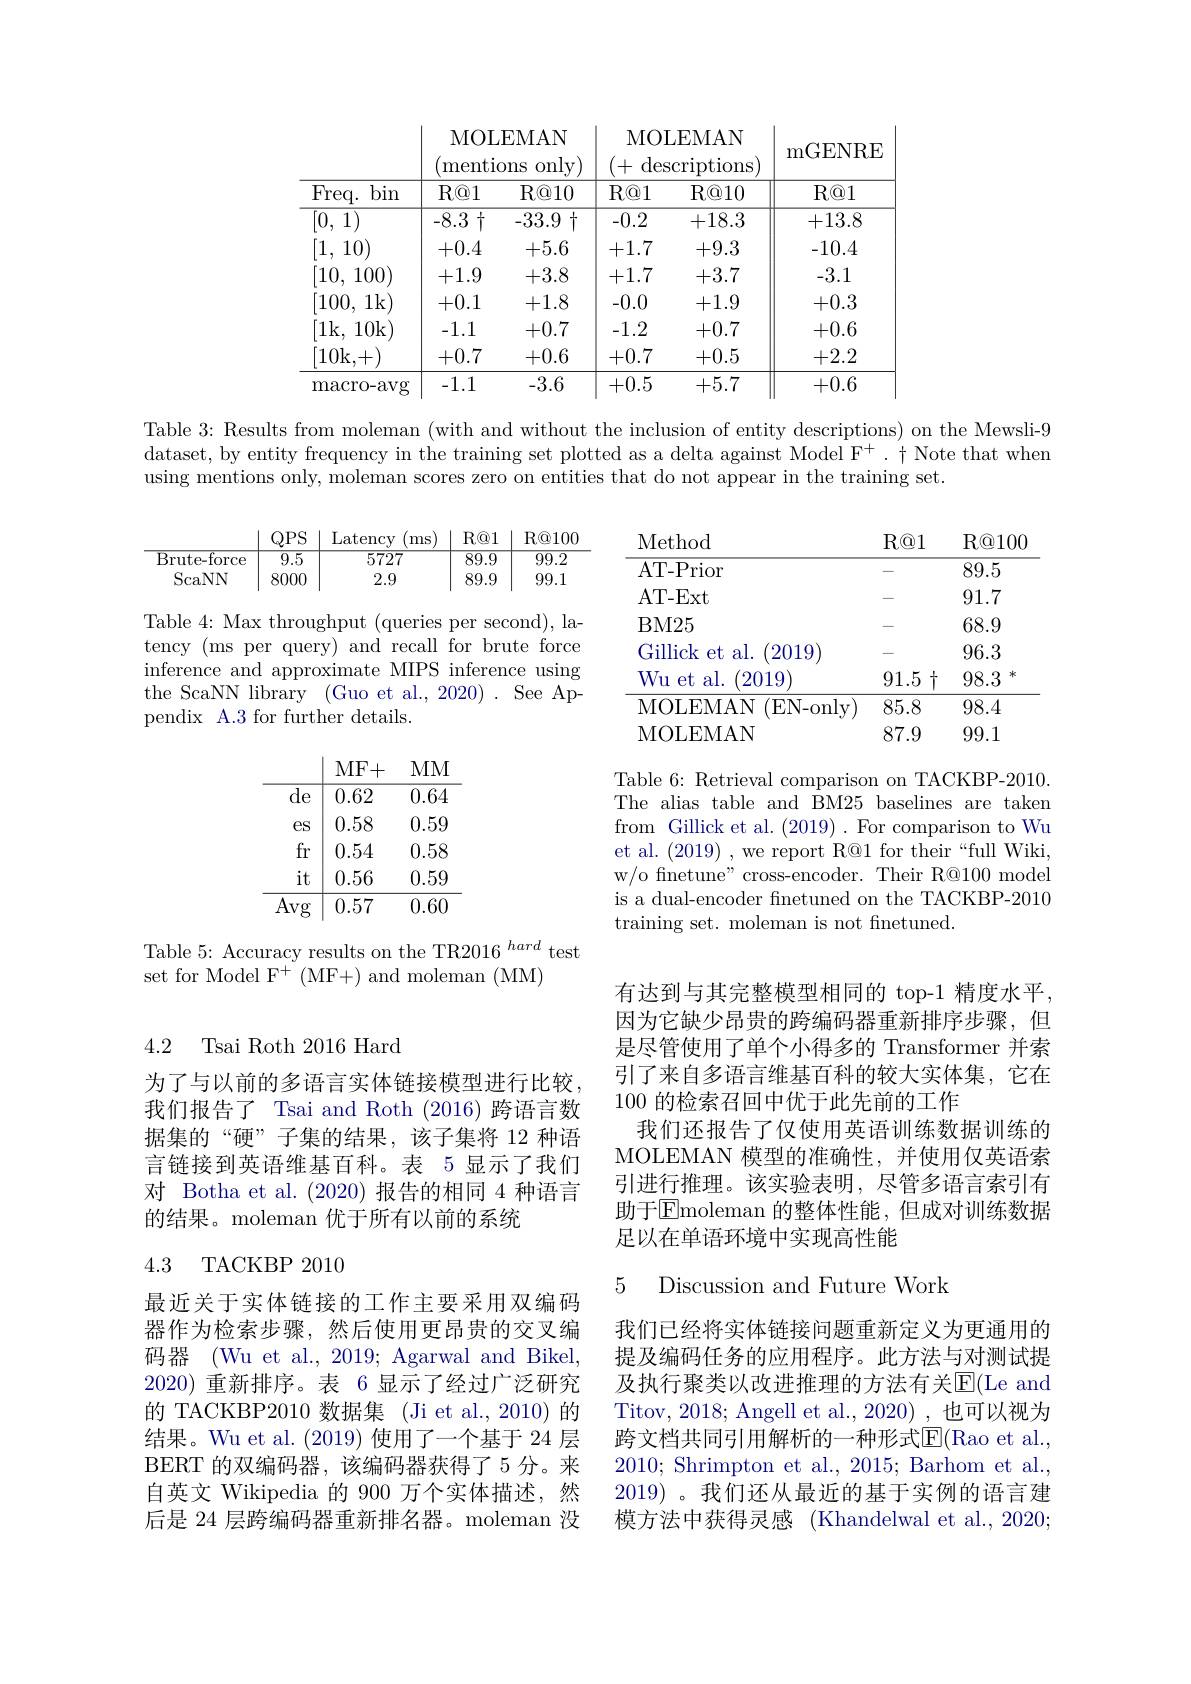
<table>
	<tbody>
		<tr>
			<th rowspan="2">Freq. bin</th>
			<th colspan="2">MOLEMAN mentions only</th>
			<th>MOI + des</th>
			<th>EMAN $\operatorname{scriptions}$</th>
			<th rowspan="2">GENRE R@ 1</th>
		</tr>
		<tr>
			<th>$R@1$</th>
			<th>R@ 10</th>
			<th>$R@1$</th>
			<th>R@ 10</th>
		</tr>
		<tr>
			<td>[0, ] 1)</td>
			<td>-8.3 $\frac{1}{1}$ 1</td>
			<td>-33.9 1 1</td>
			<td>-0.2</td>
			<td>+18.3</td>
			<td>+13.8</td>
		</tr>
		<tr>
			<td>$\operatorname*{macro-avg}$</td>
			<td>-1.1</td>
			<td>-3.6</td>
			<td>+0.5</td>
			<td>+5.7</td>
			<td>+0.6</td>
		</tr>
	</tbody>
</table>

Table 3: Results from moleman (with and without the inclusion of entity descriptions) on the Mewsli-9 dataset, by entity frequency in the training set plotted as a delta against Model F$^+.\dagger$ Note that when using mentions only, moleman scores zero on entities that do not appear in the training set.

<table>
	<tbody>
		<tr>
			<th> </th>
			<th>$QPS$</th>
			<th>Latency ms</th>
			<th>$R@1$</th>
			<th>R@ 100</th>
		</tr>
		<tr>
			<td>$\overline{{\mathrm{Brute-force}}}$</td>
			<td>$\overline{9.5}$</td>
			<td>$\overline{5727}$</td>
			<td>$\overline{89.9}$</td>
			<td>$\overline{99.2}$</td>
		</tr>
		<tr>
			<td>ScaNN</td>
			<td>8000</td>
			<td>2.9</td>
			<td>89.9</td>
			<td>99.1</td>
		</tr>
	</tbody>
</table>

<table>
	<tbody>
		<tr>
			<th>Method</th>
			<th>R@ 1</th>
			<th>R@ 100</th>
		</tr>
		<tr>
			<td>AT- Prior</td>
			<td> </td>
			<td>89.5</td>
		</tr>
		<tr>
			<td>AT- Ext</td>
			<td> </td>
			<td>91.7</td>
		</tr>
		<tr>
			<td>BM25</td>
			<td> </td>
			<td>68.9</td>
		</tr>
		<tr>
			<td>Gillick et al. 2019</td>
			<td> </td>
			<td>96.3</td>
		</tr>
		<tr>
			<td>Wu et al. 2019</td>
			<td>$91.5\uparrow$</td>
			<td>98.3 米</td>
		</tr>
		<tr>
			<td>MOLEMAN (EN- on</td>
			<td>nly 85.8</td>
			<td>98.4</td>
		</tr>
		<tr>
			<td>MOLEMAN</td>
			<td>87.9</td>
			<td>99.1</td>
		</tr>
	</tbody>
</table>

Table 4: Max throughput (queries per second), latency (ms per query) and recall for brute force inference and approximate MIPS inference using the ScaNN library (Guo et al., 2020) . See Appendix A.3 for further details.

Table 6: Retrieval comparison on TACKBP-2010. The alias table and BM25 baselines are taken from Gillick et al. (2019). For comparison to Wu et al. (2019) , we report R@1 for their“full Wiki, w/o finetune" cross-encoder. Their R@100 model is a dual-encoder fnetuned on the TACKBP-2010 training set. moleman is not finetuned.

Table 5: Accuracy results on the TR2016 hard test
set for Model F$^+$ (MF+) and moleman (MM)

4.2 Tsai Roth 2016 Hard

有达到与其完整模型相同的 top-1 精度水平， 因为它缺少昂贵的跨编码器重新排序步骤，但是尽管使用了单个小得多的 Transformer 并索引了来自多语言维基百科的较大实体集，它在100的检索召回中优于此先前的工作
我们还报告了仅使用英语训练数据训练的MOLEMAN 模型的准确性，并使用仅英语索引进行推理。该实验表明，尽管多语言索引有助于$\overline{\mathrm{E}}$moleman 的整体性能，但成对训练数据足以在单语环境中实现高性能

为了与以前的多语言实体链接模型进行比较， 我们报告了 Tsai and Roth (2016) 跨语言数据集的“硬”子集的结果，该子集将 12 种语言链接到英语维基百科。表 5 显示了我们对 Botha et al.(2020)报告的相同 4 种语言的结果。moleman 优于所有以前的系统

### 4.3 TACKBP 2010

5 Discussion and Future Work

最近关于实体链接的工作主要采用双编码器作为检索步骤，然后使用更昂贵的交叉编码器 (Wu et al., 2019; Agarwal and Bikel, 2020)重新排序。表 6 显示了经过广泛研究的 TACKBP2010 数据集 (Ji et al., 2010) 的结果。Wu et al.(2019) 使用了一个基于 24 层BERT 的双编码器，该编码器获得了5 分。来自英文 Wikipedia 的 900 万个实体描述，然后是 24 层跨编码器重新排名器。moleman 没

我们已经将实体链接问题重新定义为更通用的提及编码任务的应用程序。此方法与对测试提及执行聚类以改进推理的方法有关$\mathbb{E}($Le and Titov, 2018; Angell et al., 2020), 也可以视为跨文档共同引用解析的一种形式E$( Rao et al. $, 2010; Shrimpton et al., 2015; Barhom et al., 2019) 。我们还从最近的基于实例的语言建模方法中获得灵感 (Khandelwal et al., 2020;